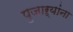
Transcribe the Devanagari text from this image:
पुजाऱ्यांना